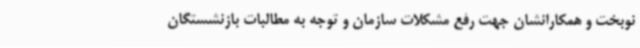
نوبخت و همکارانشان جهت رفع مشکلات سازمان و توجه به مطالبات بازنشستگان